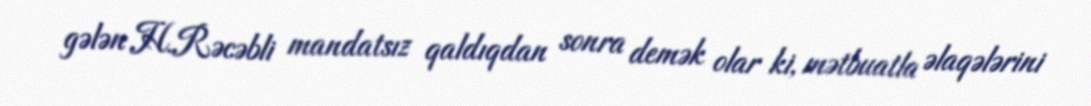
gələn H.Rəcəbli mandatsız qaldıqdan sonra demək olar ki, mətbuatla əlaqələrini